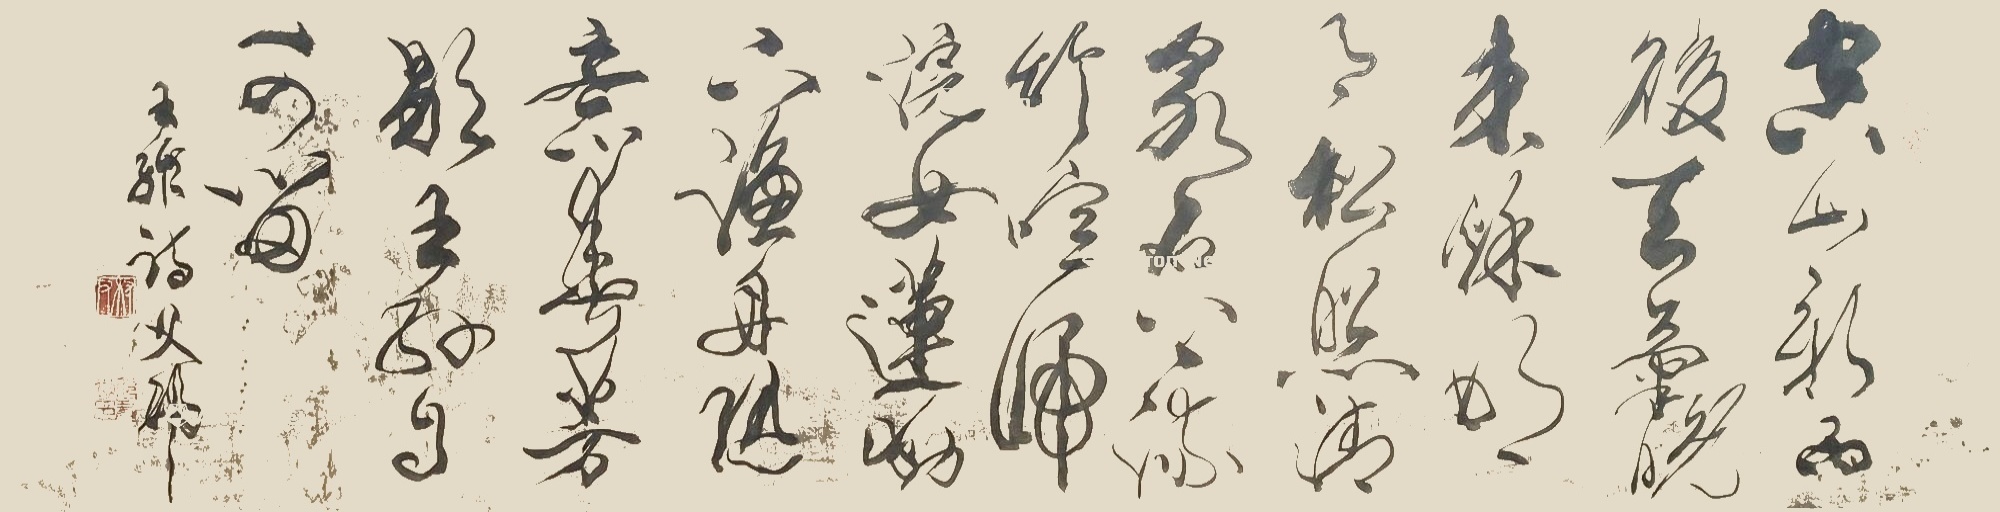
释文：空山新雨后，天气晚来秋。明月松间照，清泉石上流。竹喧归浣女，莲动下渔舟。随意春芳歇，王孙自可留。张有敬